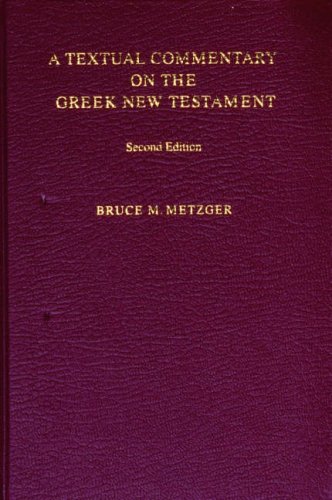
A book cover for A Textual Commentary on the Greek New Testament (Ancient Greek Edition); Bruce M. Metzger; Christian Books & Bibles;